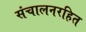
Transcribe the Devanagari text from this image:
संचालनरहित